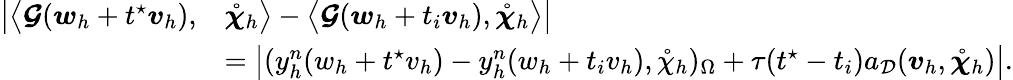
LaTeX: \begin{array}{rl}{\big|\big\langle\boldsymbol{\mathcal{G}}(\boldsymbol{w}_{h}+t^{\star}\boldsymbol{v}_{h}),}&{\mathring{\boldsymbol{\chi}}_{h}\big\rangle-\big\langle\boldsymbol{\mathcal{G}}(\boldsymbol{w}_{h}+t_{i}\boldsymbol{v}_{h}),\mathring{\boldsymbol{\chi}}_{h}\big\rangle\big|}\\ &{=\big|(y_{h}^{n}(w_{h}+t^{\star}v_{h})-y_{h}^{n}(w_{h}+t_{i}v_{h}),\mathring{\chi}_{h})_{\Omega}+\tau(t^{\star}-t_{i})a_{\mathcal{D}}(\boldsymbol{v}_{h},\mathring{\boldsymbol{\chi}}_{h})\big|.}\end{array}